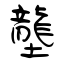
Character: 壟